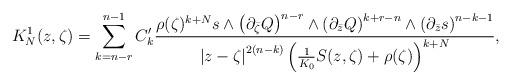
LaTeX: \begin{align*}K_{N}^{1}(z,\zeta)=\sum_{k=n-r}^{n-1}C'_{k}\frac{\rho(\zeta)^{k+N}s\wedge\left(\partial_{\bar{\zeta}}Q\right)^{n-r}\wedge\left(\partial_{\bar{z}}Q\right)^{k+r-n}\wedge\left(\partial_{\bar{z}}s\right)^{n-k-1}}{\left|z-\zeta\right|^{2\left(n-k\right)}\left(\frac{1}{K_{0}}S(z,\zeta)+\rho(\zeta)\right)^{k+N}},\end{align*}